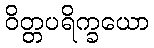
ဝိတ္တပရိက္ခယော